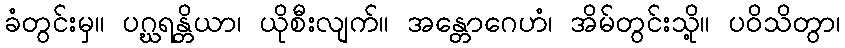
ခံတွင်းမှ။ ပဂ္ဃရန္တိယာ၊ ယိုစီးလျက်။ အန္တောဂေဟံ၊ အိမ်တွင်းသို့။ ပဝိသိတွာ၊